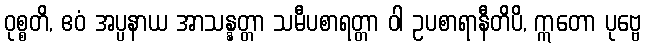
ဝုစ္စတိ, ဧဝံ အပ္ပနာယ အာသန္နတ္တာ သမီပစာရတ္တာ ဝါ ဥပစာရာနီတိပိ, ဣတော ပုဗ္ဗေ